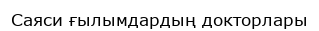
Саяси ғылымдардың докторлары